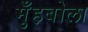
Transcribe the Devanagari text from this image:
मुँहबोला